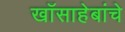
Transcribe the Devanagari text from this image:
खाँसाहेबांचे